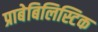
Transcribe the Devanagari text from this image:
प्राबेबिलिस्टिक